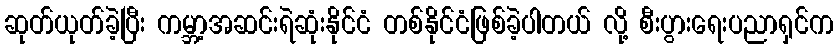
ဆုတ်ယုတ်ခဲ့ပြီး ကမ္ဘာ့အဆင်းရဲဆုံးနိုင်ငံ တစ်နိုင်ငံဖြစ်ခဲ့ပါတယ် လို့ စီးပွားရေးပညာရှင်က